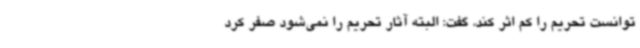
توانست تحریم را کم اثر کند، گفت: البته آثار تحریم را نمی‌شود صفر کرد